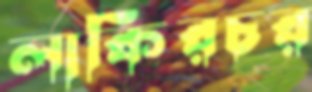
লাকিরচর